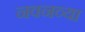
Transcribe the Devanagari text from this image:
नवनव्‍या